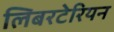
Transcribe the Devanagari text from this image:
लिबरटेरियन